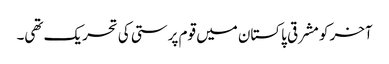
آخر کو مشرقی پاکستان میں قوم پرستی کی تحریک تھی۔